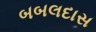
બબલદાસ